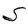
Character: S